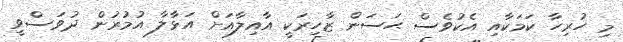
މި ހުރިހާ ކަމަކާއި އެކުވެސް ޙަސަން ޒާހިރަކީ އާއިލާއަށް އަޅާލާ އުމުރުން ދުވަސްވީ